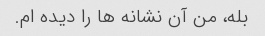
بله، من آن نشانه ها را دیده ام.